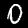
Digit: 0